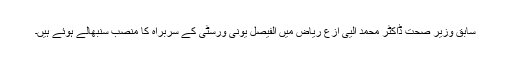
سابق وزیر صحت ڈاکٹر محمد آلیی ازع ریاض میں الفیصل یونی ورسٹی کے سربراہ کا منصب سنبھالے ہوئے ہیں۔